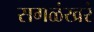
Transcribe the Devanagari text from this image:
सगळंखरं